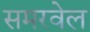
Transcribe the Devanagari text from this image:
समरवेल